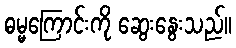
ဓမ္မကြောင်းကို ဆွေးနွေးသည်။